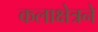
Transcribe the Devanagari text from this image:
कलाक्षेत्रने